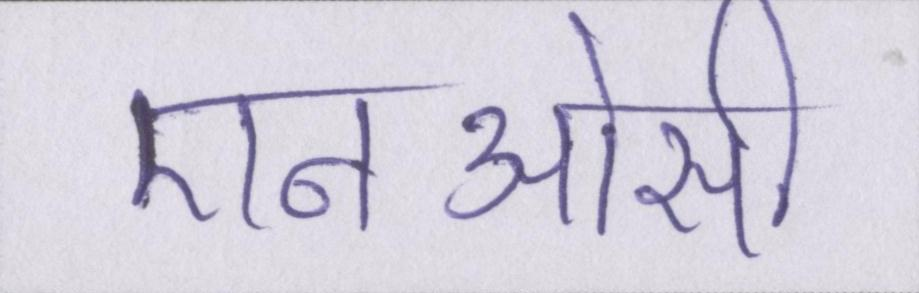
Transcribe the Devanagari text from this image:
एनओसी